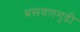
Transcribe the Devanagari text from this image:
बसवणगुडी